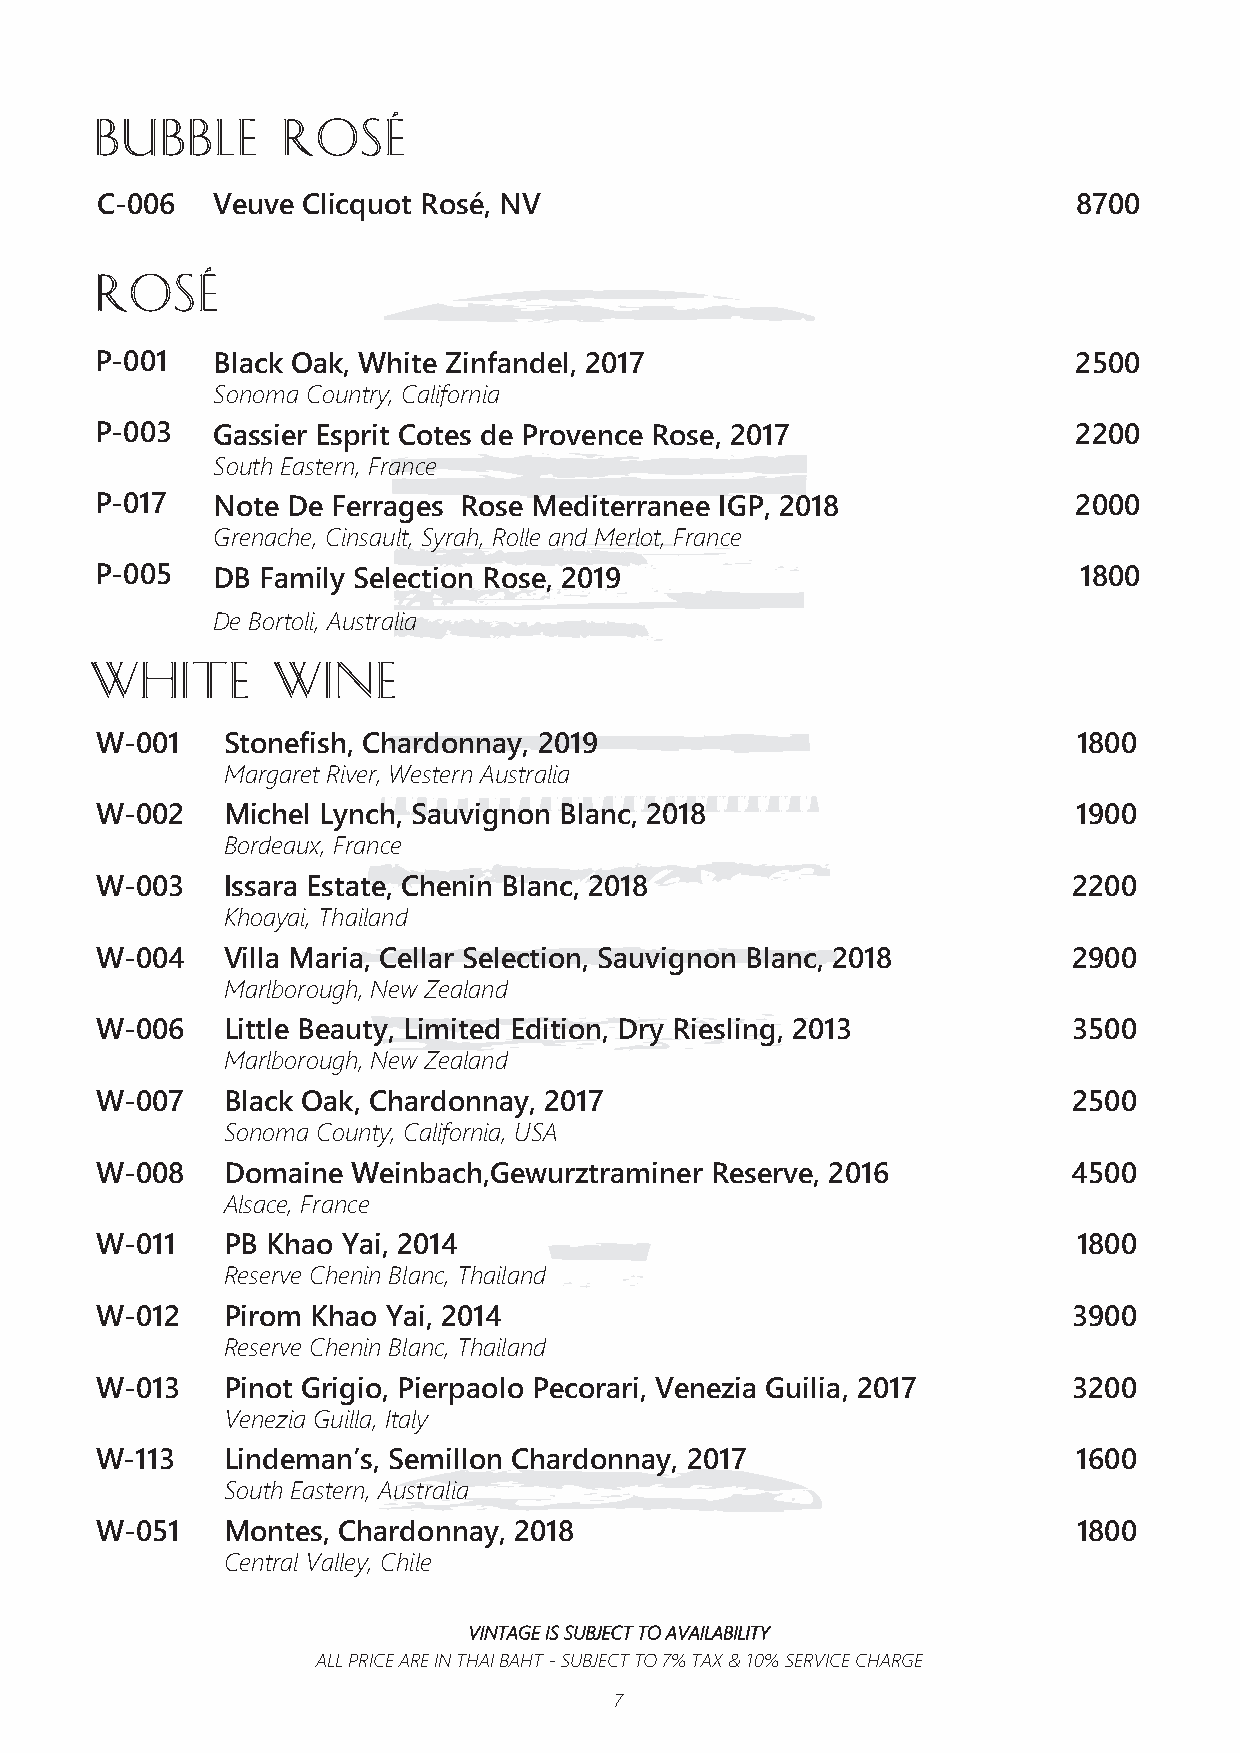
BUBBLE       Rosé
 C-006   Veuve Clicquot Rosé, NV                                  8700
 Rosé
 P-001   Black Oak, White Zinfandel, 2017                         2500
 Sonoma Country, California
 P-003   Gassier Esprit Cotes de Provence Rose, 2017              2200
 South Eastern, France
 P-017   Note De Ferrages Rose Mediterranee IGP, 2018             2000
 Grenache, Cinsault, Syrah, Rolle and Merlot, France
 P-005   DB Family Selection Rose, 2019                           1800
 De Bortoli, Australia
 WHITE       WINE
 W-001    Stonefish, Chardonnay, 2019                             1800
 Margaret River, Western Australia
 W-002    Michel Lynch, Sauvignon Blanc, 2018                     1900
 Bordeaux, France
 W-003    Issara Estate, Chenin Blanc, 2018                       2200
 Khoayai, Thailand
 W-004    Villa Maria, Cellar Selection, Sauvignon Blanc, 2018    2900
 Marlborough, New Zealand
 W-006    Little Beauty, Limited Edition, Dry Riesling, 2013      3500
 Marlborough, New Zealand
 W-007    Black Oak, Chardonnay, 2017                             2500
 Sonoma County, California, USA
 W-008    Domaine Weinbach,Gewurztraminer Reserve, 2016           4500
 Alsace, France
 W-011    PB Khao Yai, 2014                                       1800
 Reserve Chenin Blanc, Thailand
 W-012    Pirom Khao Yai, 2014                                    3900
 Reserve Chenin Blanc, Thailand
 W-013    Pinot Grigio, Pierpaolo Pecorari, Venezia Guilia, 2017  3200
 Venezia Guilla, Italy
 W-113    Lindeman’s, Semillon Chardonnay, 2017                   1600
 South Eastern, Australia
 W-051    Montes, Chardonnay, 2018                                1800
 Central Valley, Chile
 VINTAGE IS SUBJECT TO AVAILABILITY
 ALL PRICE ARE IN THAI BAHT - SUBJECT TO 7% TAX & 10% SERVICE CHARGE
 7